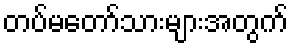
တပ်မတော်သားများအတွက်